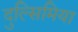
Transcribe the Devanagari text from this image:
दुल्सिमिया